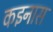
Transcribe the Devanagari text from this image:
कइनास